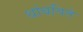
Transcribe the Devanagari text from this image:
थांबविते